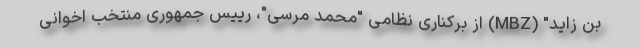
بن زاید" (MBZ) از برکناری نظامی "محمد مرسی"، رییس جمهوری منتخب اخوانی